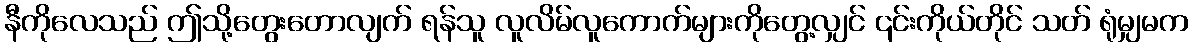
နီကိုလေသည် ဤသို့တွေးတောလျက် ရန်သူ လူလိမ်လူကောက်များကိုတွေ့လျှင် ၎င်းကိုယ်တိုင် သတ် ရုံမျှမက